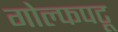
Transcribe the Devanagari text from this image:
गोल्फपटू